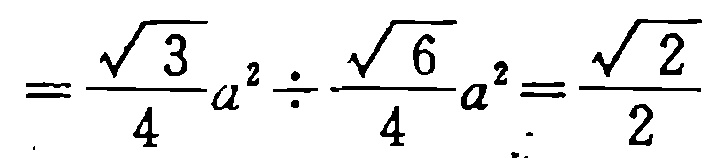
$=\frac{\sqrt{3}}{4}a^{2}\div\frac{\sqrt{6}}{4}a^{2}=\frac{\sqrt{2}}{2}$